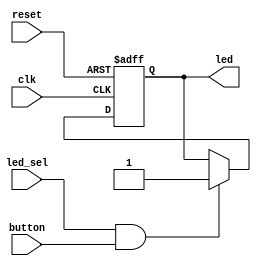
module xled (
		input 	   reset,
		input 	   clk,
		input 	   led_sel,
	        input      button,
		output reg led
		);

 always @(posedge clk,posedge reset)
   if (reset)
     led <= 1'b0;
   else if(led_sel && button)
     led <= 1'b1;
     

endmodule